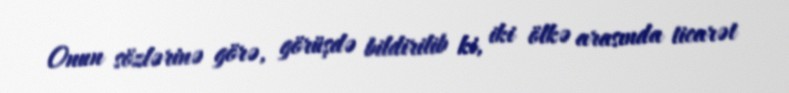
Onun sözlərinə görə, görüşdə bildirilib ki, iki ölkə arasında ticarət